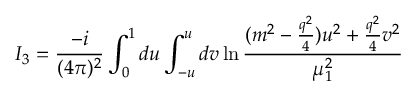
I _ { 3 } = \frac { - i } { ( 4 \pi ) ^ { 2 } } \int _ { 0 } ^ { 1 } d u \int _ { - u } ^ { u } d v \ln \frac { ( m ^ { 2 } - \frac { q ^ { 2 } } { 4 } ) u ^ { 2 } + \frac { q ^ { 2 } } { 4 } v ^ { 2 } } { \mu _ { 1 } ^ { 2 } }